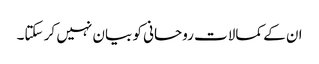
ان کے کمالات روحانی کو بیان نہیں کر سکتا۔